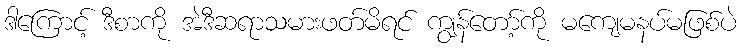
ဒါကြောင့် ဒီစာကို အဲဒီဆရာသမားဖတ်မိရင် ကျွန်တော့်ကို မကျေမနပ်မဖြစ်ပဲ